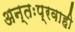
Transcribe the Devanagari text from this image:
अन्तःप्रवाही